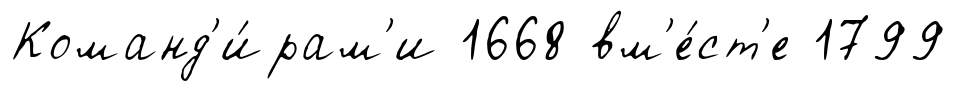
Команд'и́рам'и 1668 вм'е́ст'е 1799